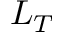
L _ { T }